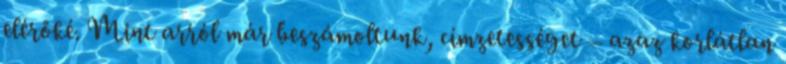
elérőké. Mint arról már beszámoltunk, címzetességet – azaz korlátlan